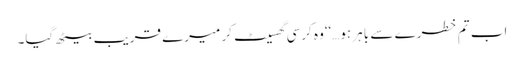
اب تم خطرے سے باہر ہو…‘‘وہ کرسی گھسیٹ کر میرے قریب بیٹھ گیا۔